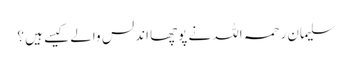
سلیمان رحمہ اللہ نے پوچھا اندلس والے کیسے ہیں ؟